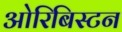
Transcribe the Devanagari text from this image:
ओरिबिस्टन